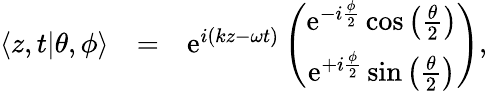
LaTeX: \begin{array}{rlr}{\langle z,t|\theta,\phi\rangle}&{=}&{\mathrm{e}^{i(kz-\omega t)}\left(\begin{array}{c}{\mathrm{e}^{-i\frac{\phi}{2}}\cos\left(\frac{\theta}{2}\right)}\\ {\mathrm{e}^{+i\frac{\phi}{2}}\sin\left(\frac{\theta}{2}\right)}\end{array}\right),}\end{array}